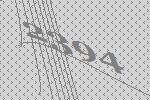
2394